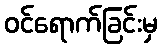
ဝင်ရောက်ခြင်းမှ